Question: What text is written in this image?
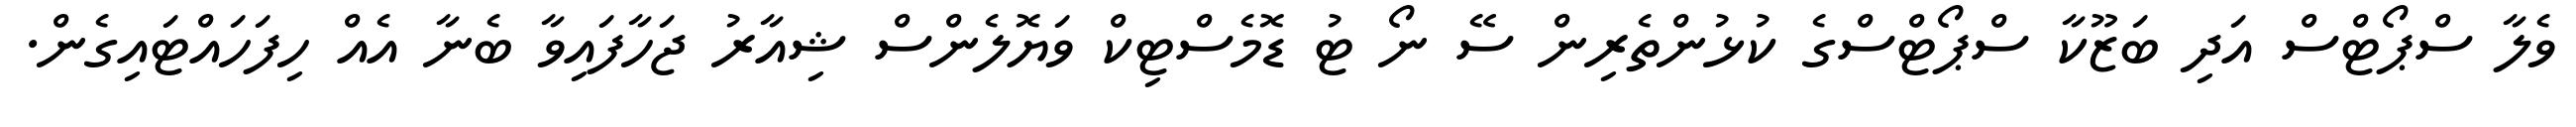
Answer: ވެލާ ސްޕޯޓްސް އަދި ބަޒޫކާ ސްޕޯޓްސްގެ ކުޅުންތެރިން ސޭ ނޯ ޓު ޑޮމެސްޓިކް ވަޔޮލެންސް ޝިއާރު ޖަހާފައިވާ ބެނާ އެއް ހިފަހައްޓައިގެން.